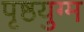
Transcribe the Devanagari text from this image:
पृष्ठयुग्म